Report of the Municipal Commissioner on the plague in Bombay for the year ending 31st May... - Volume 2
Disease focus: Plague
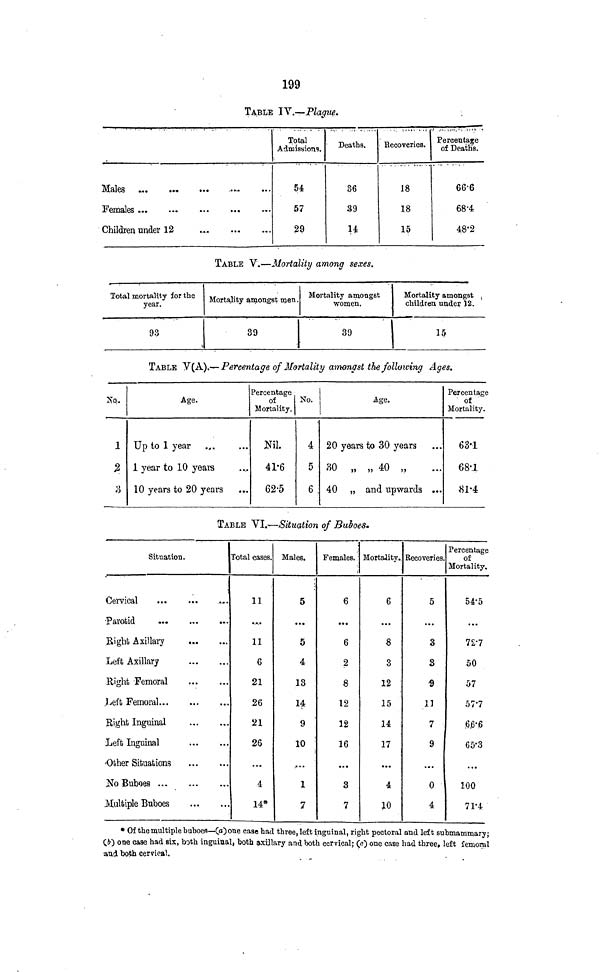
199
TABLE IV.—Plague.
Children under 12
Total
Admissions.
54
57
29
Deaths.
36
39
14:
Recoveries.
18
18
15
Percentage
of Death's.
66-6
68-4:
48-2
TABLE V.—Mortality among sexes.
Total mortality for the
year.
93
i
Mortality amongst men.
39
Mortality amongst
women.
39
Mortality amongst ,
children under J2.
15
TABLE ^{h.}.-^-Percentage of Mortality amongst the following Ages.
So..
1
%
3
Age.
Up to 1 year
1 year to 10 years
10 years to 20 years
Percentage
of
Mortality.
Nil.
41-6
62-5
No.
4
5
6
Age.
20 years to 30 years
30 „ „ 40 „
40 „ and upwards ...
Percentage
of
Mortality.
63-1
68-1
«l-4
TABLE 'VI.-*—Situation of J3u&oes.
Situation.
Cervical
Bight Axillary
Left Axillary
Right Femoral
Left Femoral...
Right Inguinal
Left Inguinal
••Other Situations
No Buboes
Multiple Buboes
Total cases.
11
11
6
21
26
21
26
...
4
14*
Males.
5
5
4
13
14
9
10
....
1
7
Females.
6
6
2
8
12
12
16
...
3
7
Mortality.,
6 :
8
3
12
15
14
17
...
4
JLO
Recoveries
5
3
8
«
11
7
9
...
0
4
Percentage
of
Mortality.
54'5
72'7
50
57
57-7
6.6-6
65'3
...
100
7T4
* Of the multiple buboefl—(a) one case had three, left inguinal, right pectoral and left submammary;
C&) one case had six, both inguiual, both axillary and both cervical; (o) one case had three, left femoral
and both cervical.